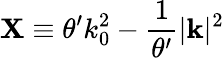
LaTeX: \mathbf{X}\equiv\theta^{\prime}k_{0}^{2}-\frac{{1}}{{\theta^{\prime}}}|\mathbf{{k}}|^{2}